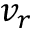
v _ { r }